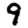
Digit: 9